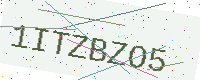
Text: 1ITZBZO5